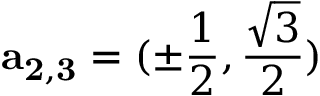
{ \bf a _ { 2 , 3 } } = ( \pm \frac { 1 } { 2 } , \frac { \sqrt { 3 } } { 2 } )